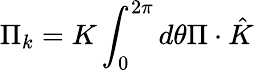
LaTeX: \Pi_{k}=K\int_{0}^{2\pi}d\theta\Pi\cdot\hat{K}